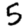
Digit: 5